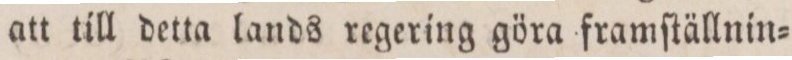
att till detta lands regering göra framſtällnin=